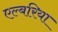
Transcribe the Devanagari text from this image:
एल्बरिया